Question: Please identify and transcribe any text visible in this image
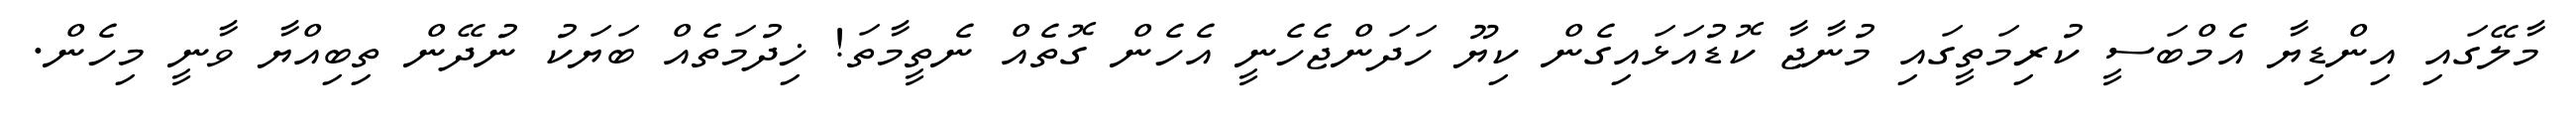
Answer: މާލޭގައި އިންޑިޔާ އެމްބަސީ ކުރިމަތީގައި މުނާޖާ ކޮޑުއަޅައިގެން ކިޔޫ ހަދަންޖެހެނީ އެހެން ގޮތެއް ނެތީމާތަ! ޚިދުމަތެއް ބަޔަކު ނުދޭން ތިބިއްޔާ ވާނީ މިހެން.